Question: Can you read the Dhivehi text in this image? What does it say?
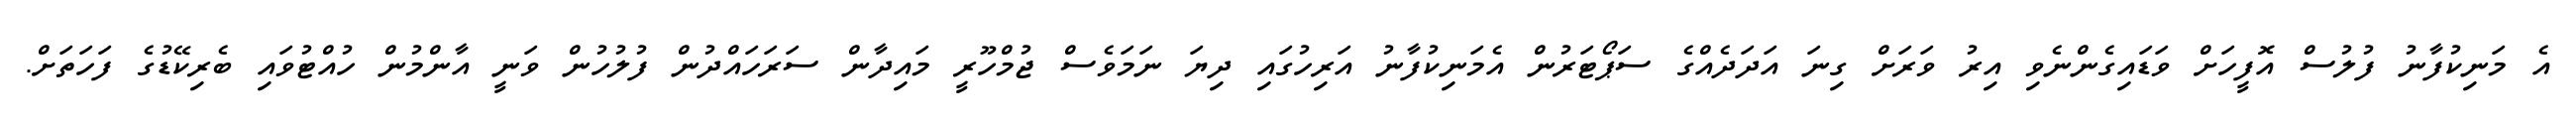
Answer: އެ މަނިކުފާނު ފުލުސް އޮފީހަށް ވަޑައިގެންނެވި އިރު ވަރަށް ގިނަ އަދަދެއްގެ ސަޕޯޓަރުން އެމަނިކުފާނު އަރިހުގައި ދިޔަ ނަމަވެސް ޖުމްހޫރީ މައިދާން ސަރަހައްދުން ފުލުހުން ވަނީ އާންމުން ހުއްޓުވައި ބެރިކޭޑުގެ ފަހަތަށް.